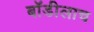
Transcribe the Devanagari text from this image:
बॉडीलाच